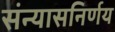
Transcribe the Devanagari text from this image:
संन्यासनिर्णय